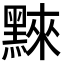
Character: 𪑚